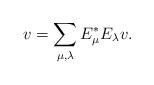
LaTeX: \begin{align*}v = \sum_{\mu, \lambda} E_\mu^* E_\lambda v.\end{align*}